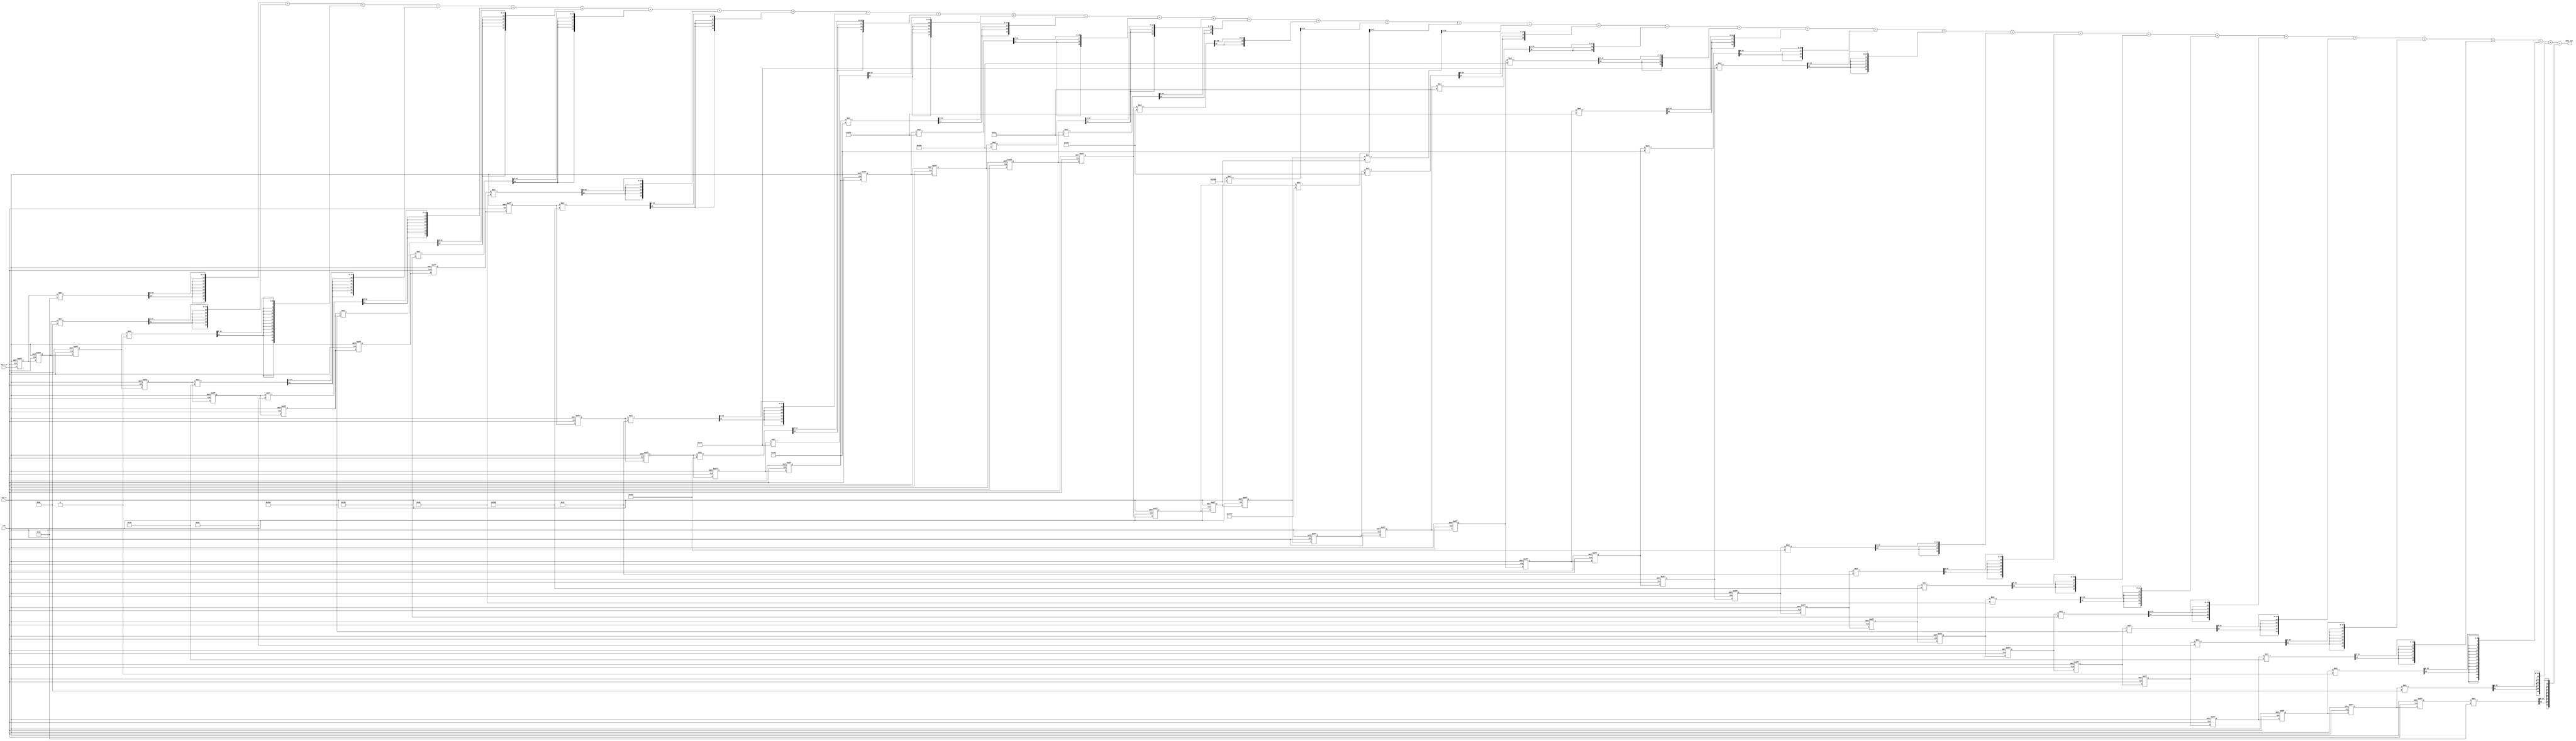
`timescale 1ns / 1ps
//////////////////////////////////////////////////////////////////////////////////
// Company: 
// Engineer: 
// 
// Design Name: 
// Module Name: fir
// Project Name: 
// Target Devices: 
// Tool Versions: 
// Description: 
// 
// Dependencies: 
// 
// Revision:
// Revision 0.01 - File Created
// Additional Comments:
// 
//////////////////////////////////////////////////////////////////////////////////


module fir
#(
    parameter WL = 14,
    parameter MAC_WL = 20,
    parameter tap_num = 37
)
(
    input  wire       clk,
    input  wire       rst_n,
    input  wire signed     [WL-1:0] data_in,
    output wire signed [MAC_WL-1:0] data_out
);
    // assign taps (tap number = 37) and its value
    //--------------------------------------------
    wire signed [WL-1:0] tap [tap_num-1:0];
    assign tap[0]  = -14'd19;
    assign tap[1]  = -14'd68;
    assign tap[2]  =  14'd0;
    assign tap[3]  =  14'd120;
    assign tap[4]  =  14'd60;
    assign tap[5]  = -14'd166;
    assign tap[6]  = -14'd176;
    assign tap[7]  =  14'd169;
    assign tap[8]  =  14'd344;
    assign tap[9]  = -14'd89;
    assign tap[10] = -14'd557;
    assign tap[11] = -14'd134;
    assign tap[12] =  14'd781;
    assign tap[13] =  14'd592;
    assign tap[14] = -14'd982;
    assign tap[15] = -14'd1588;
    assign tap[16] =  14'd1120;
    assign tap[17] =  14'd5819;
    assign tap[18] =  14'd8191;
    assign tap[19] =  14'd5819;
    assign tap[20] =  14'd1120;
    assign tap[21] = -14'd1588;
    assign tap[22] = -14'd982;
    assign tap[23] =  14'd592;
    assign tap[24] =  14'd781;
    assign tap[25] = -14'd134;
    assign tap[26] = -14'd557;
    assign tap[27] = -14'd89;
    assign tap[28] =  14'd344;
    assign tap[29] =  14'd169;
    assign tap[30] = -14'd176;
    assign tap[31] = -14'd166;
    assign tap[32] =  14'd60;
    assign tap[33] =  14'd120;
    assign tap[34] =  14'd0;
    assign tap[35] = -14'd68;
    assign tap[36] = -14'd19;
    //---------------------------------------------
    
    //declare the input buffer (shift register for input data)
    //---------------------------------------------
    reg signed [WL-1:0]   inputbuffer[0:tap_num-1];
    //---------------------------------------------
    
    //initialize the input buffer and the behavior of shift
    //---------------------------------------------
    integer i;
    always@(posedge clk or negedge rst_n) begin
        if(~rst_n) begin
            for(i=0;i<tap_num;i=i+1) begin
                inputbuffer[i] <= 14'd0;
            end
        end else begin
                inputbuffer[0] <= data_in;
            for(i=tap_num-1;i>0;i=i-1) begin
                inputbuffer[i] <= inputbuffer[i-1];
            end
        end
    end

    //---------------------------------------------
    
    //declare the mul buffer (store each element of multiplication(taps[0]*input[0] ---> taps[1]*input[0],taps[0]*input[1]..., and so on))
    //---------------------------------------------
    wire signed [(WL+WL)-1:0] mul_tmp [0:tap_num-1];
    wire signed [MAC_WL-1:0] mul [0:tap_num-1];
    //---------------------------------------------
    
    //the behavier of multiplication
    //---------------------------------------------
    genvar j;
    generate
        for(j=0;j<tap_num;j=j+1) begin
            assign mul_tmp[j] = inputbuffer[j] * tap[j];
        end
    endgenerate
    genvar jj;
    generate
        for(jj=0;jj<tap_num;jj=jj+1) begin
            assign mul[jj] = mul_tmp[jj][(WL+WL-1)-:20];
        end
    endgenerate
    //---------------------------------------------
    
    //declare the add buffer (add each element of multiplication result)
    //---------------------------------------------
    reg signed [MAC_WL-1:0] add;
    //---------------------------------------------
    
    //the behavior of adder
    //---------------------------------------------    
    always@* begin
        add = mul[0] + mul[1] + mul[2] + mul[3] + mul[4] + mul[5] + mul[6] + mul[7] + 
              mul[8] + mul[9] + mul[10] + mul[11] + mul[12] + mul[13] + mul[14] + mul[15] +
              mul[16] + mul[17] + mul[18] + mul[19] + mul[20] + mul[21] + mul[22] + mul[23] +
              mul[24] + mul[25] + mul[26] + mul[27] + mul[28] + mul[29] + mul[30] + mul[31] + 
              mul[32] + mul[33] + mul[34] + mul[35] + mul[36];
    end
    //---------------------------------------------
    
    assign data_out = add;


endmodule